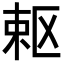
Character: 𭪈